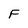
Character: F